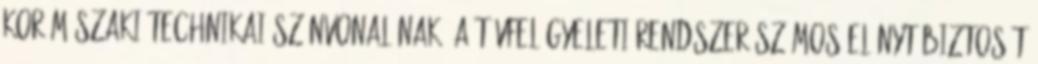
kor műszaki-technikai színvonalának. A távfelügyeleti rendszer számos előnyt biztosít